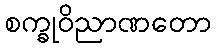
စက္ခုဝိညာဏတော